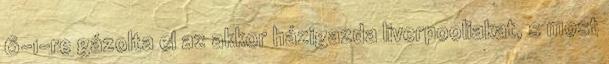
6-1-re gázolta el az akkor házigazda liverpooliakat, s most